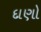
દાણો